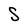
Character: S